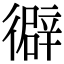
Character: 𢕾